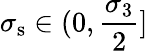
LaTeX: \sigma_{\mathrm{s}}\in(0,\frac{\sigma_{3}}{2}]